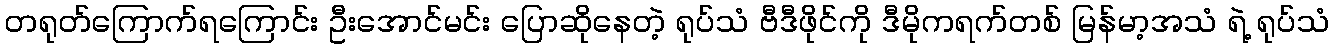
တရုတ်ကြောက်ရကြောင်း ဦးအောင်မင်း ပြောဆိုနေတဲ့ ရုပ်သံ ဗီဒီဖိုင်ကို ဒီမိုကရက်တစ် မြန်မာ့အသံ ရဲ့ ရုပ်သံ